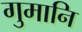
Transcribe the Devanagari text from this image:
गुमानि